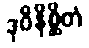
ဒုဝိနိစ္ဆိတံ